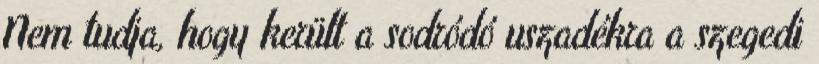
Nem tudja, hogy került a sodródó uszadékra a szegedi